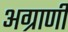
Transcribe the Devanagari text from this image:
अग्राणी